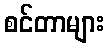
စင်တာများ